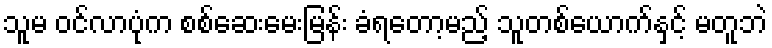
သူမ ဝင်လာပုံက စစ်ဆေးမေးမြန်း ခံရတော့မည့် သူတစ်ယောက်နှင့် မတူဘဲ